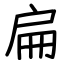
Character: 扁